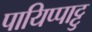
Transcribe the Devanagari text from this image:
पायिप्पाट्टु